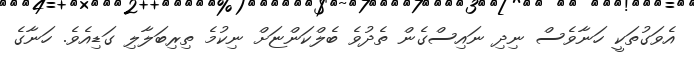
އެވަގުތަކީ ހަނާވެސް ނިދި ނައިސްގެން ތެދުވެ ބެލްކަންޏަށް ނިކުމެ ތިރިބަލާލި ގަޑިއެވެ. ހަނާގެ